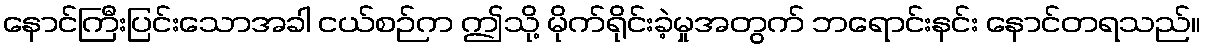
နောင်ကြီးပြင်းသောအခါ ငယ်စဉ်က ဤသို့ မိုက်ရိုင်းခဲ့မှုအတွက် ဘရောင်းနင်း နောင်တရသည်။